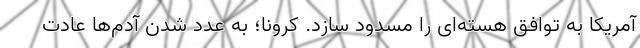
آمریکا به توافق هسته‌ای را مسدود سازد. کرونا؛ به عدد شدن آدم‌ها عادت